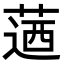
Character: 𦶅